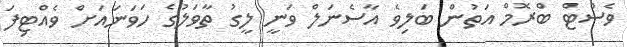
ވެސްޓް ބްރޮމް އަތުން ބަލިވެ އާސެނަލް ވަނީ ލީގު ތާވަލުގެ ހަވަނައަށް ވެއްޓިފަ